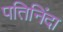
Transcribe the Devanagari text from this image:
पतिनिंदा